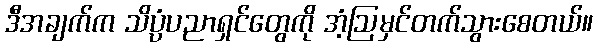
ဒီအချက်က သိပ္ပံပညာရှင်တွေကို အံ့ဩမှင်တက်သွားစေတယ်။